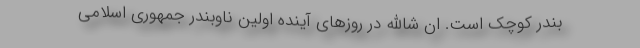
بندر کوچک است. ان شاالله در روزهای آینده اولین ناوبندر جمهوری اسلامی